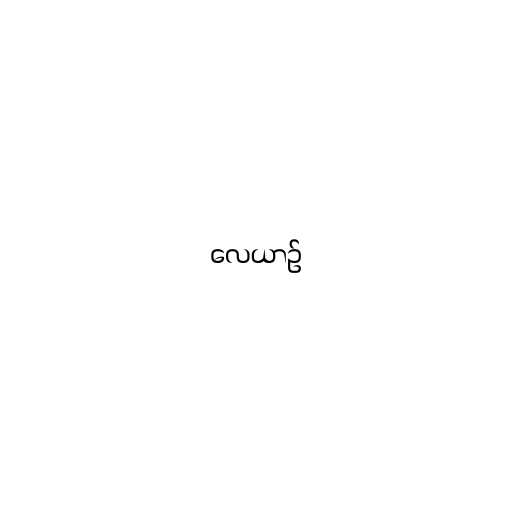
လေယာဉ်